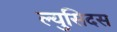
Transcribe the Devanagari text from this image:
ल्युसिदस